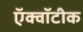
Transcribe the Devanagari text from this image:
ऍक्वॉटीक